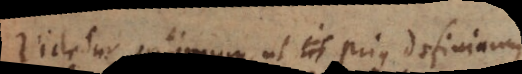
Videtur optimum, ut prius definiamus